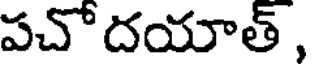
పచోదయాత్ ,